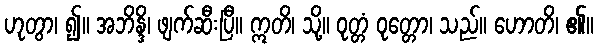
ဟုတွာ၊ ၍။ အဘိန္ဒိ၊ ဖျက်ဆီးပြီ။ ဣတိ၊ သို့။ ဝုတ္တံ ဝုတ္တော၊ သည်။ ဟောတိ၊ ၏။